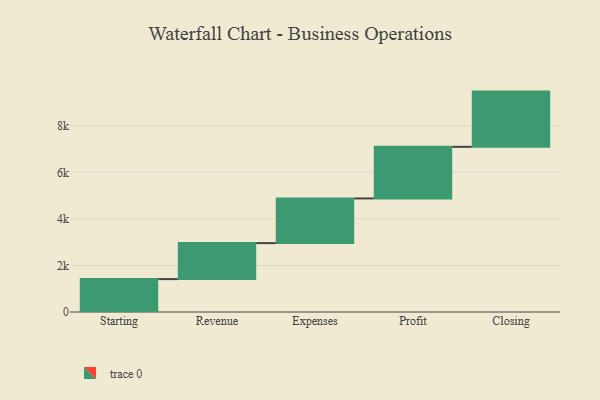
{"axis": {"x": "Step", "y": "Value"}, "legend": [""], "data": [{"x": "Starting", "y": 1413.0, "type": ""}, {"x": "Revenue", "y": 1548.0, "type": ""}, {"x": "Expenses", "y": 1920.0, "type": ""}, {"x": "Profit", "y": 2218.0, "type": ""}, {"x": "Closing", "y": 2374.0, "type": ""}]}